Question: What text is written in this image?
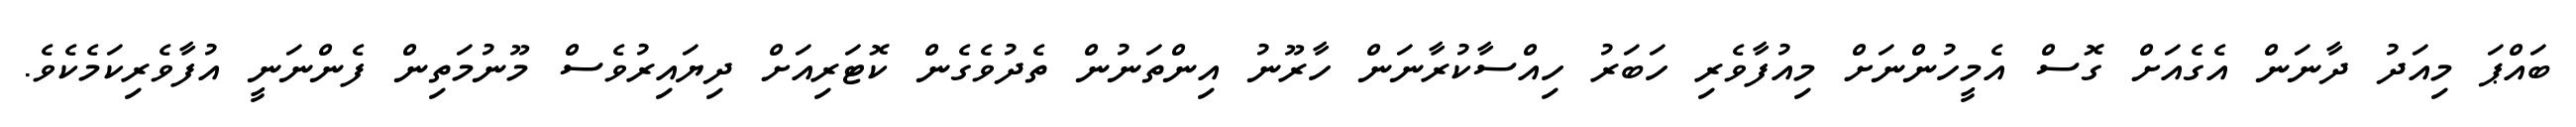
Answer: ބައްޕަ މިއަދު ދާނަން އެގެއަށް ގޮސް އެމީހުންނަށް މިއުފާވެރި ހަބަރު ހިއްސާކުރާނަން ހާރޫނު އިންތަނުން ތެދުވެގެން ކޮޓަރިއަށް ދިޔައިރުވެސް މޫނުމަތިން ފެންނަނީ އުފާވެރިކަމެކެވެ.